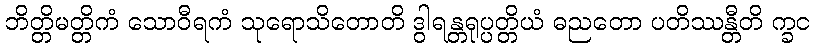
ဘိတ္တိမတ္တိကံ သောဝီရကံ သုရောသိတောတိ ဒွါရန္တရုပ္ပတ္တိယံ ဓညတော ပတိဿန္တီတိ က္ခင